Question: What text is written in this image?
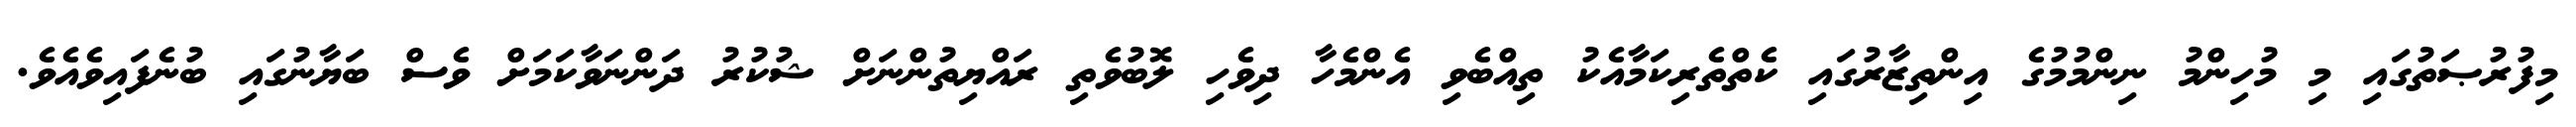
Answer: މިފުރުޞަތުގައި މި މުހިންމު ނިންމުމުގެ އިންތިޒާރުގައި ކެތްތެރިކަމާއެކު ތިއްބެވި އެންމެހާ ދިވެހި ލޮބުވެތި ރައްޔިތުންނަށް ޝުކުރު ދަންނަވާކަމަށް ވެސް ބަޔާނުގައި ބުނެފައިވެއެވެ.